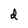
Character: d